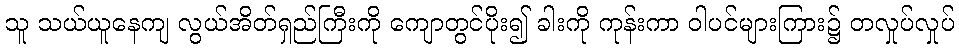
သူ သယ်ယူနေကျ လွယ်အိတ်ရှည်ကြီးကို ကျောတွင်ပိုး၍ ခါးကို ကုန်းကာ ဝါပင်များကြား၌ တလှုပ်လှုပ်